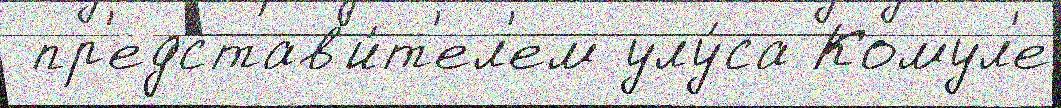
 пр'едстав'и́т'ел'ем улу́са Комул'е